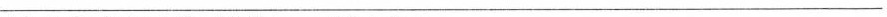
___________________________